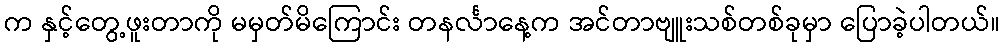
က နှင့်တွေ့ဖူးတာကို မမှတ်မိကြောင်း တနင်္လာနေ့က အင်တာဗျူးသစ်တစ်ခုမှာ ပြောခဲ့ပါတယ်။